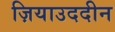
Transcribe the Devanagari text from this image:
ज़ियाउददीन